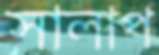
সালাপ